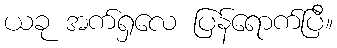
ယခု အက်ရှလေ ပြန်ရောက်ပြီ။